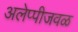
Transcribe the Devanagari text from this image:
अलेप्पीजवळ